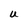
Character: U